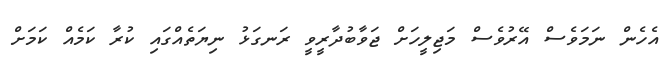
އެހެން ނަމަވެސް އޭރުވެސް މަޖިލީހަށް ޖަވާބުދާރީވީ ރަނގަޅު ނިޔަތެއްގައި ކުރާ ކަމެއް ކަމަށް